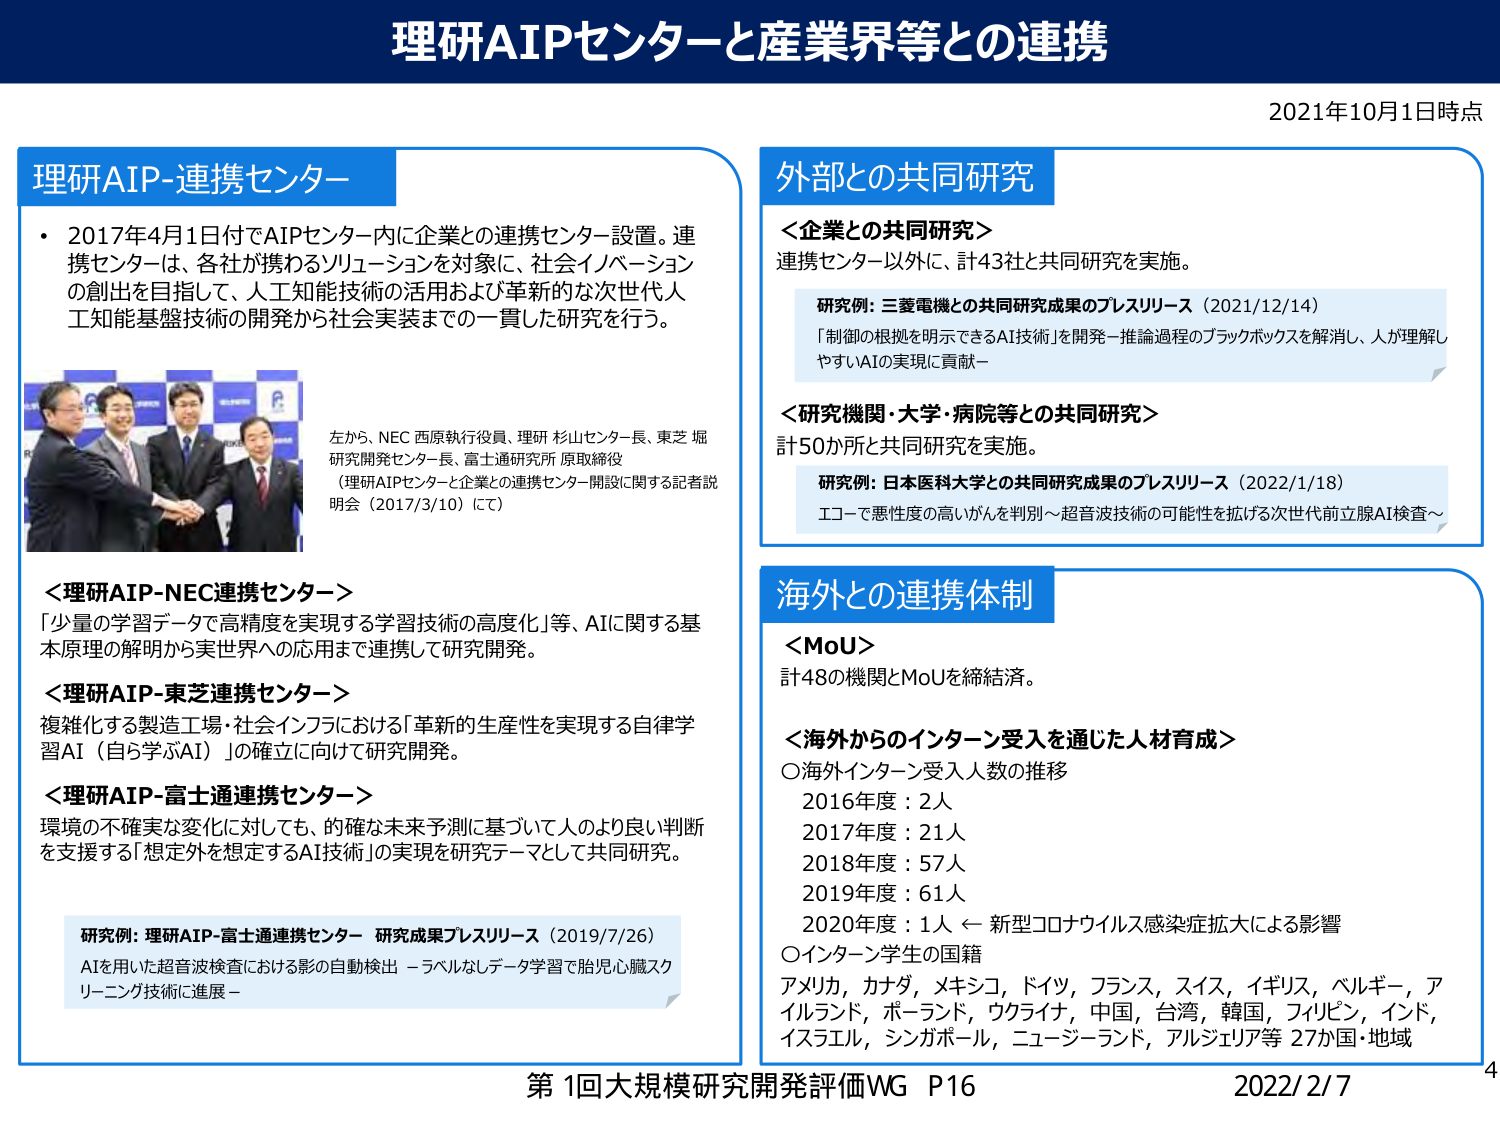
理研AIPセンターと産業界等との連携

2021年10月1日時点

理研AIP-連携センター
・2017年4月1日付でAIPセンター内に企業との連携センター設置。連携センターは、各社が携わるソリューションを対象に、社会イノベーションの創出を目指して、人工知能技術の活用および革新的な次世代人工知能基盤技術の開発から社会実装までの一貫した研究を行う。

左から、NEC 西原執行役員、理研 杉山センター長、東芝 堀研究開発センター長、富士通研究所 原取締役
（理研AIPセンターと企業との連携センター開設に関する記者説明会（2017/3/10）にて）

＜理研AIP-NEC連携センター＞
「少量の学習データで高精度を実現する学習技術の高度化」等、AIに関する基本原理の解明から実世界への応用まで連携して研究開発。

＜理研AIP-東芝連携センター＞
複雑化する製造工場・社会インフラにおける「革新的生産性を実現する自律学習AI（自ら学ぶAI）」の確立に向けて研究開発。

＜理研AIP-富士通連携センター＞
環境の不確実な変化に対しても、的確な未来予測に基づいて人のより良い判断を支援する「想定外を想定するAI技術」の実現を研究テーマとして共同研究。

研究例：理研AIP-富士通連携センター 研究成果プレスリリース（2019/7/26）
AIを用いた超音波検査における影の自動検出 －ラベルなしデータ学習で胎児心臓スクリーニング技術に進展－

外部との共同研究
＜企業との共同研究＞
連携センター以外に、計43社と共同研究を実施。

研究例：三菱電機との共同研究成果のプレスリリース（2021/12/14）
「制御の根拠を明示できるAI技術」を開発－推論過程のブラックボックスを解消し、人が理解しやすいAIの実現に貢献－

＜研究機関・大学・病院等との共同研究＞
計50か所と共同研究を実施。

研究例：日本医科大学との共同研究成果のプレスリリース（2022/1/18）
エコーで悪性度の高いがんを判別～超音波技術の可能性を拡げる次世代前立腺AI検査～

海外との連携体制
＜MoU＞
計48の機関とMoUを締結済。

＜海外からのインターン受入を通じた人材育成＞
○海外インターン受入人数の推移
2016年度：2人
2017年度：21人
2018年度：57人
2019年度：61人
2020年度：1人 ← 新型コロナウイルス感染症拡大による影響
○インターン学生の国籍
アメリカ，カナダ，メキシコ，ドイツ，フランス，スイス，イギリス，ベルギー，アイルランド，ポーランド，ウクライナ，中国，台湾，韓国，フィリピン，インド，イスラエル，シンガポール，ニュージーランド，アルジェリア等 27か国・地域

第1回大規模研究開発評価WG P16
2022/2/7
4